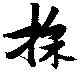
採